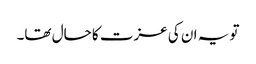
تو یہ ان کی عزت کا حال تھا۔